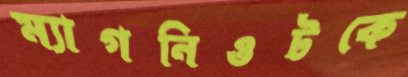
ম্যাগনিওটকে